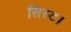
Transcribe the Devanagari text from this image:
सिस्ट।